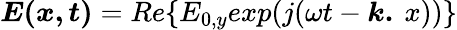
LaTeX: \begin{array}{r}{\boldsymbol{E(x,t)}=Re\{ E_{0,y}exp(j(\omega t-\boldsymbol{k.}\: x))\} }\end{array}